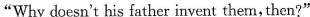
"Why doesn't his father invent thern, then?"